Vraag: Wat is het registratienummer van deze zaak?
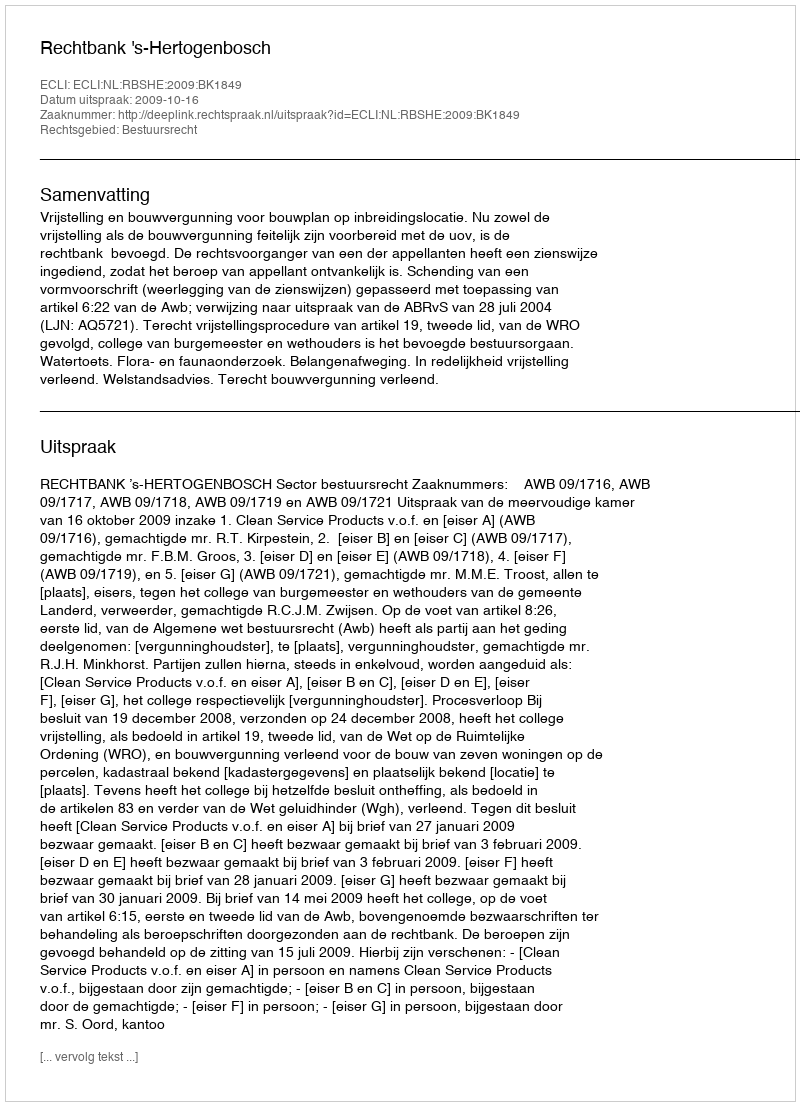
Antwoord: http://deeplink.rechtspraak.nl/uitspraak?id=ECLI:NL:RBSHE:2009:BK1849